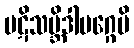
ပဋိသမ္ဘိဒါမဂ္ဂေပိ